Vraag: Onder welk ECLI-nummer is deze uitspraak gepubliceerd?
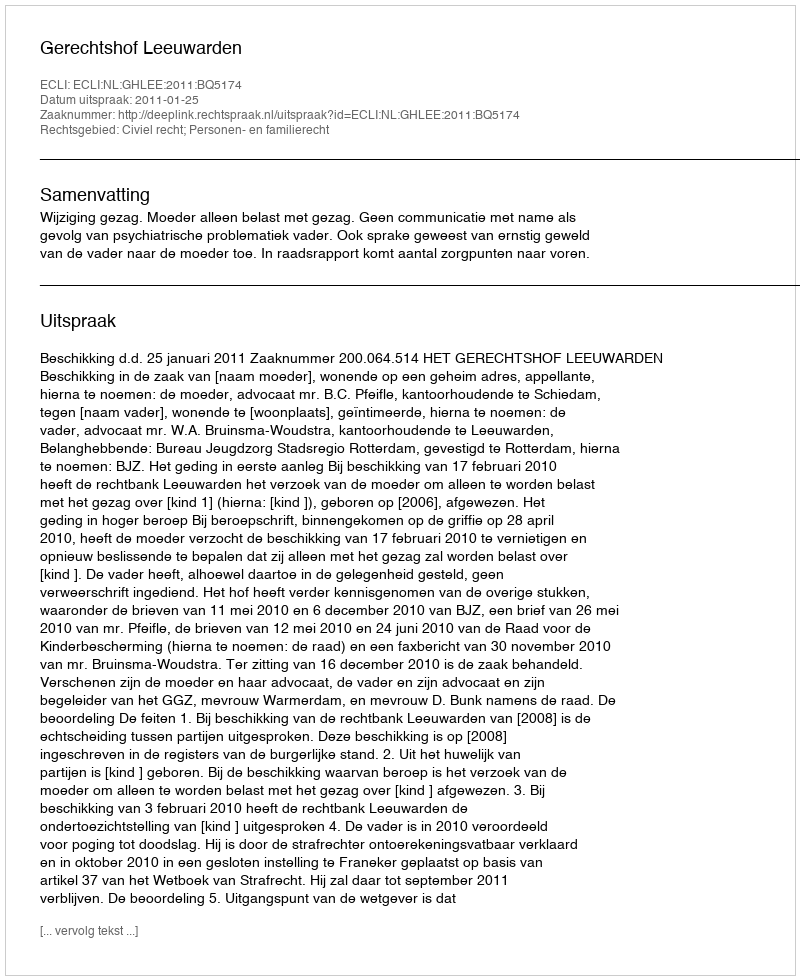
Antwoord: ECLI:NL:GHLEE:2011:BQ5174